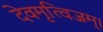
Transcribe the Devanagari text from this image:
देवमृत्विजम्‌।